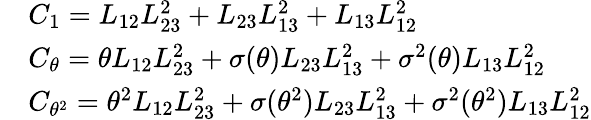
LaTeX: \begin{array}{rl}&{C_{1}=L_{12}L_{23}^{2}+L_{23}L_{13}^{2}+L_{13}L_{12}^{2}}\\ &{C_{\theta}=\theta L_{12}L_{23}^{2}+\sigma(\theta)L_{23}L_{13}^{2}+\sigma^{2}(\theta)L_{13}L_{12}^{2}}\\ &{C_{\theta^{2}}=\theta^{2}L_{12}L_{23}^{2}+\sigma(\theta^{2})L_{23}L_{13}^{2}+\sigma^{2}(\theta^{2})L_{13}L_{12}^{2}}\end{array}